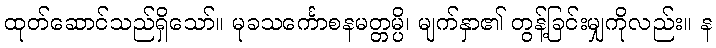
ထုတ်ဆောင်သည်ရှိသော်။ မုခသင်္ကောစနမတ္တမ္ပိ၊ မျက်နှာ၏ တွန့်ခြင်းမျှကိုလည်း။ န